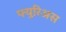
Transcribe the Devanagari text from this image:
फ्युरिअस